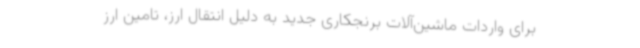
برای واردات ماشین‌آلات برنجکاری جدید به دلیل انتقال ارز، تامین ارز